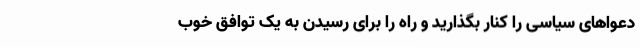
دعواهای سیاسی را کنار بگذارید و راه را برای رسیدن به یک توافق خوب